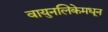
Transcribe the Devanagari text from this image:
वायुनलिकेमधून